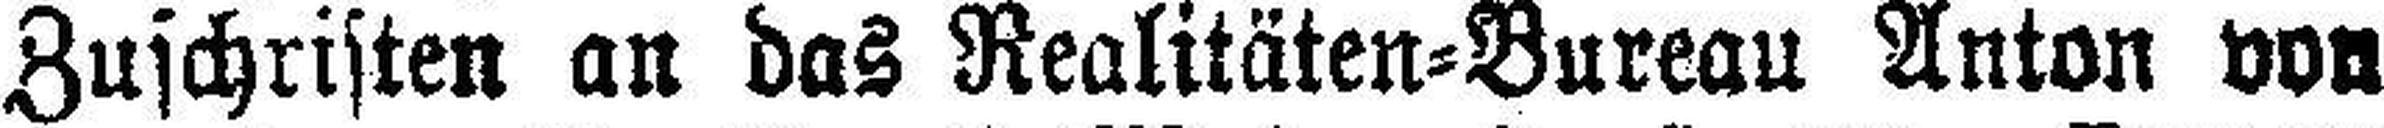
Zuschristen an das Realitäten=Bureau Anton von